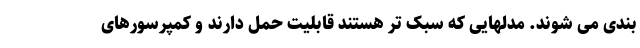
بندی می شوند. مدلهایی که سبک تر هستند قابلیت حمل دارند و کمپرسورهای